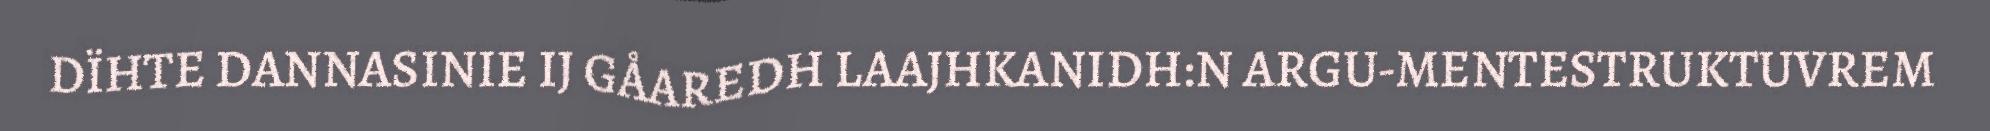
DÏHTE DANNASINIE IJ GÅAREDH LAAJHKANIDH:N ARGU-MENTESTRUKTUVREM